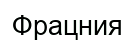
Фрацния